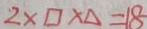
2 \times \square \times \Delta = 1 8